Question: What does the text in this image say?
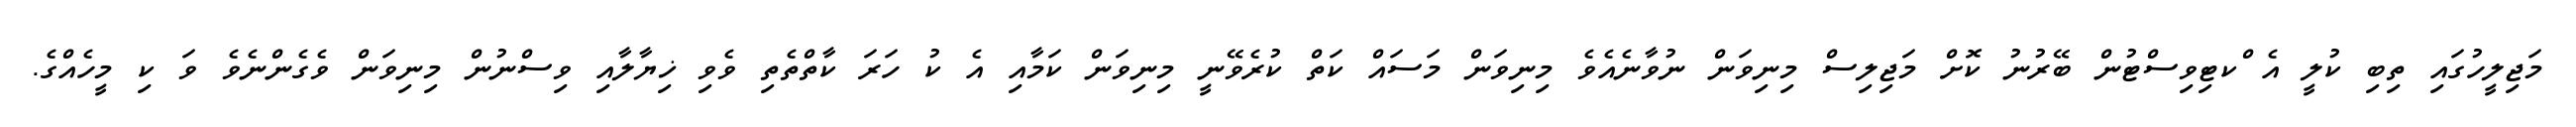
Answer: މަޖިލީހުގައި ތިބި ކުލީ އެ ްކޓިވިސްޓުން ބޭރުނު ކޮށް މަޖިލިސް މިނިވަން ނުވާނެއެވެ މިނިވަން މަސައް ކަތް ކުރެވޭނީ މިނިވަން ކަމާއި އެ ކު ހަރަ ކާތްތެތި ވެވި ޚިޔާލާއި ވިސްނުން މިނިވަން ވެގެންނެވެ ވަ ކި މީހެއްގެ.